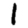
Digit: 1